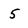
Character: 5